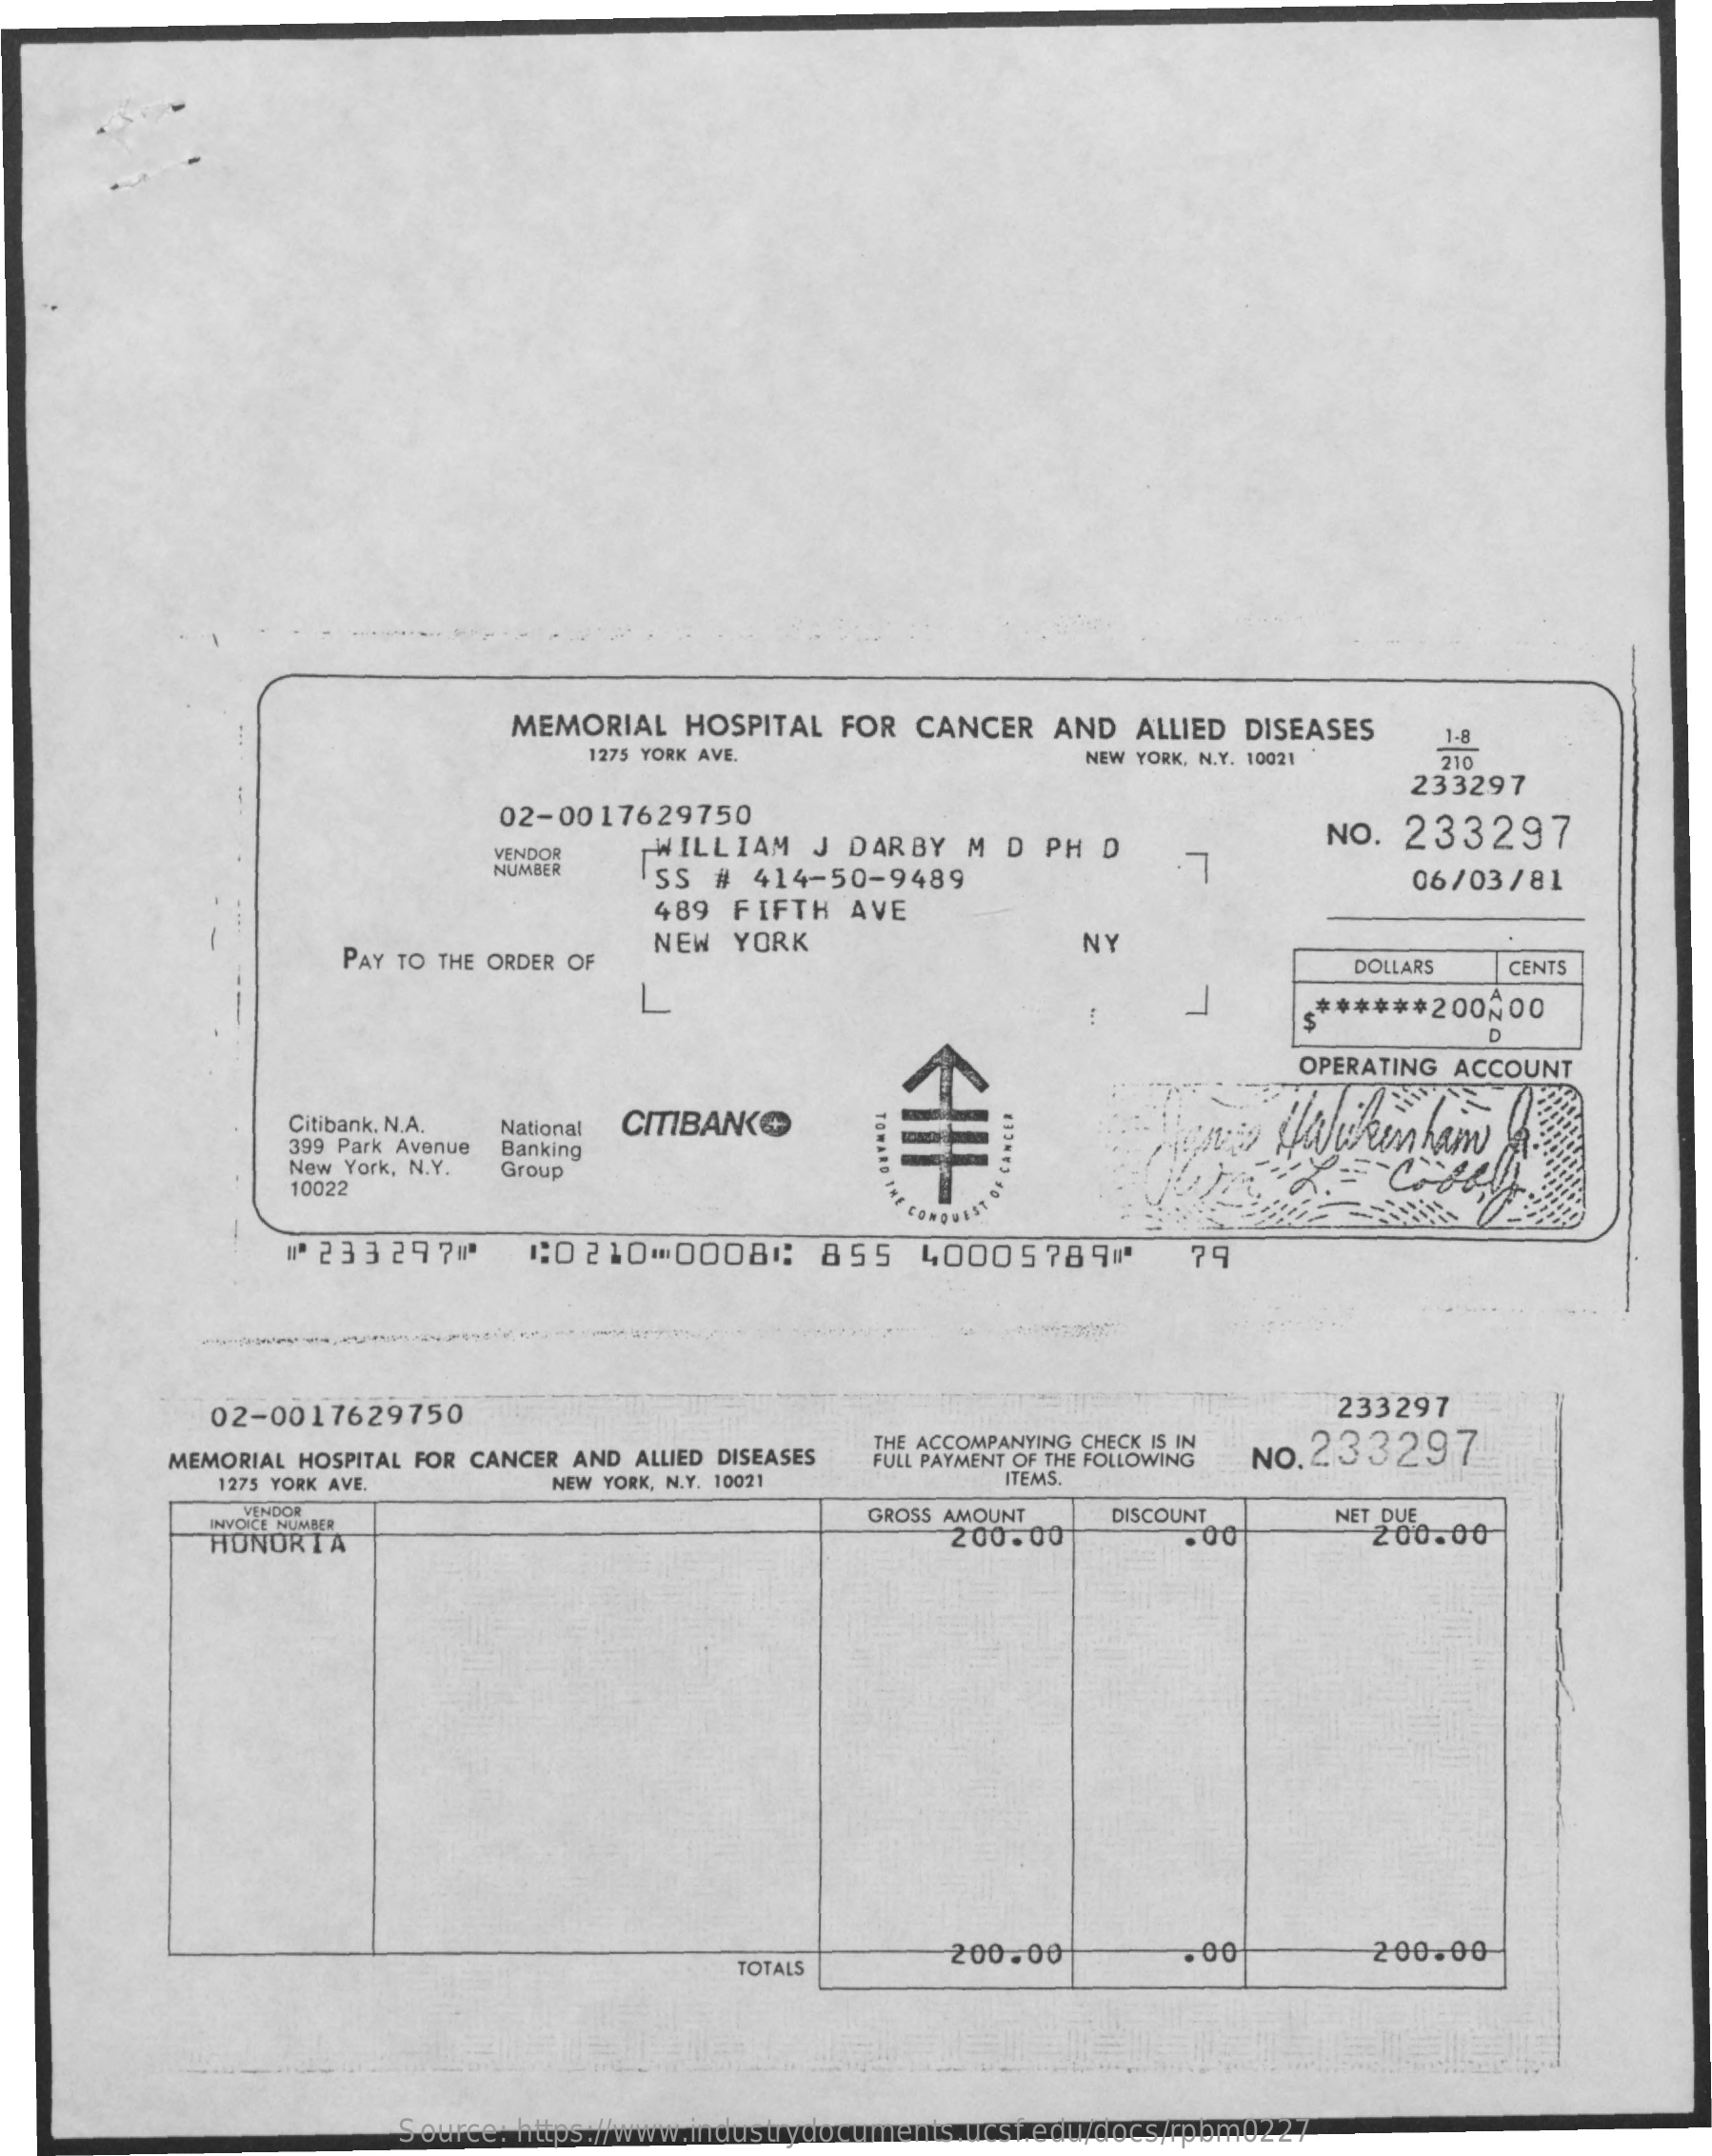
MEMORIAL   HOSPITAL  FOR  CANCER   AND   ALLIED DISEASES ...
     1275 YORK AVE.    NEW YORK, N.Y. 10021
     1-8
     210
     02-0017629750
     233297
     VENDOR    WILLIAM    J DARBY   M D  PH D
     NUMBER    SS  #  414-50-9489    7
     NO.  233297
     06/03/81
     489 FIFTH   AVE
     PAY TO THE ORDER OF
     NEW   YORK    NY
     DOLLARS   CENTS
     ******  200500
     D
     OPERATING ACCOUNT
     Citibank, N.A.    Wwwkin  ham TOWARD
     ***
     399 Park Avenue
     National CITIBANK®
     New York, N.Y.
     Banking
     Group
     10022
     "" 233 29700   1:0 210   00081:   855    4000578908    79
     02-0017629750    233297
     MEMORIAL HOSPITAL FOR CANCER AND ALLIED DISEASES
     THE ACCOMPANYING CHECK IS IN
     1275 YORK AVE.    NEW YORK, N.Y. 10021
     FULL PAYMENT OF THE FOLLOWING NO.233297
     ITEMS.
     VENDOR
     INVOICE NUMBER
     GROSS AMOUNT    NET DUE
     HONORTA    200.00
     DISCOUNT
     200.00
     TOTALS
     200.00    . 00    200.00
     Source: https://www.industrydocuments.ucsf.edu/docs/rpbm0227